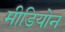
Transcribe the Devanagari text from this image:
मीडियोन